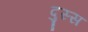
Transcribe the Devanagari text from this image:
दुस्स